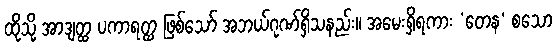
ထိုသို့ အာဒျတ္ထ ပကာရတ္ထ ဖြစ်သော် အဘယ်ဂုဏ်ရှိသနည်း။ အမေးရှိရကား ‘တေန’ စသော